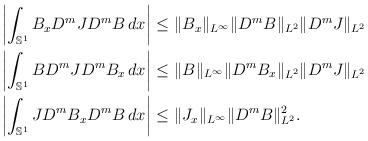
LaTeX: \begin{align*}\left| \int_{\mathbb S^1}B_xD^m JD^mB\, dx \right|\leq & \ \|B_x\|_{L^\infty} \|D^mB\|_{L^2}\|D^mJ\|_{L^2}\\\left| \int_{\mathbb S^1}BD^m JD^mB_x\, dx \right|\leq & \ \|B\|_{L^\infty} \|D^mB_x\|_{L^2}\|D^mJ\|_{L^2}\\\left| \int_{\mathbb S^1}JD^m B_xD^mB\, dx \right|\leq & \ \|J_x\|_{L^\infty} \|D^mB\|_{L^2}^2.\end{align*}